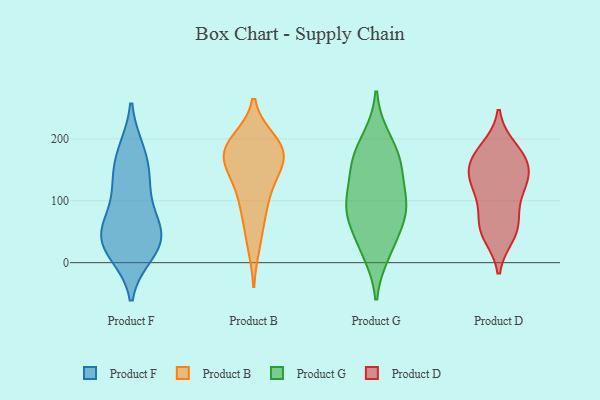
{"axis": {"x": "Production Output", "y": "Value"}, "legend": ["Product B", "Product D", "Product F", "Product G"], "data": [{"x": "", "y": 15, "type": "Product F"}, {"x": "", "y": 62, "type": "Product F"}, {"x": "", "y": 67, "type": "Product F"}, {"x": "", "y": 36, "type": "Product F"}, {"x": "", "y": 180, "type": "Product F"}, {"x": "", "y": 30, "type": "Product F"}, {"x": "", "y": 118, "type": "Product F"}, {"x": "", "y": 19, "type": "Product F"}, {"x": "", "y": 181, "type": "Product F"}, {"x": "", "y": 135, "type": "Product F"}, {"x": "", "y": 63, "type": "Product F"}, {"x": "", "y": 37, "type": "Product F"}, {"x": "", "y": 139, "type": "Product F"}, {"x": "", "y": 183, "type": "Product B"}, {"x": "", "y": 172, "type": "Product B"}, {"x": "", "y": 95, "type": "Product B"}, {"x": "", "y": 187, "type": "Product B"}, {"x": "", "y": 196, "type": "Product B"}, {"x": "", "y": 185, "type": "Product B"}, {"x": "", "y": 151, "type": "Product B"}, {"x": "", "y": 144, "type": "Product B"}, {"x": "", "y": 174, "type": "Product B"}, {"x": "", "y": 29, "type": "Product B"}, {"x": "", "y": 118, "type": "Product B"}, {"x": "", "y": 72, "type": "Product B"}, {"x": "", "y": 168, "type": "Product G"}, {"x": "", "y": 156, "type": "Product G"}, {"x": "", "y": 79, "type": "Product G"}, {"x": "", "y": 36, "type": "Product G"}, {"x": "", "y": 150, "type": "Product G"}, {"x": "", "y": 88, "type": "Product G"}, {"x": "", "y": 200, "type": "Product G"}, {"x": "", "y": 17, "type": "Product G"}, {"x": "", "y": 94, "type": "Product G"}, {"x": "", "y": 92, "type": "Product G"}, {"x": "", "y": 133, "type": "Product D"}, {"x": "", "y": 51, "type": "Product D"}, {"x": "", "y": 184, "type": "Product D"}, {"x": "", "y": 125, "type": "Product D"}, {"x": "", "y": 60, "type": "Product D"}, {"x": "", "y": 125, "type": "Product D"}, {"x": "", "y": 176, "type": "Product D"}, {"x": "", "y": 107, "type": "Product D"}, {"x": "", "y": 67, "type": "Product D"}, {"x": "", "y": 162, "type": "Product D"}, {"x": "", "y": 162, "type": "Product D"}, {"x": "", "y": 45, "type": "Product D"}, {"x": "", "y": 154, "type": "Product D"}]}